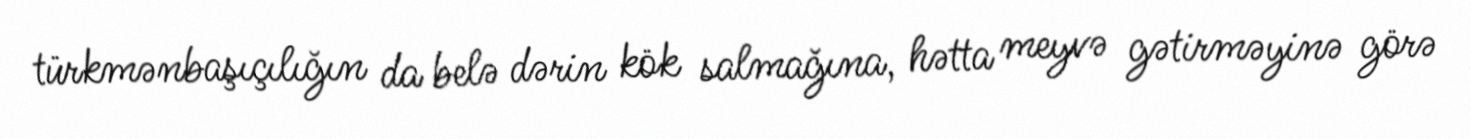
türkmənbaşıçılığın da belə dərin kök salmağına, hətta meyvə gətirməyinə görə